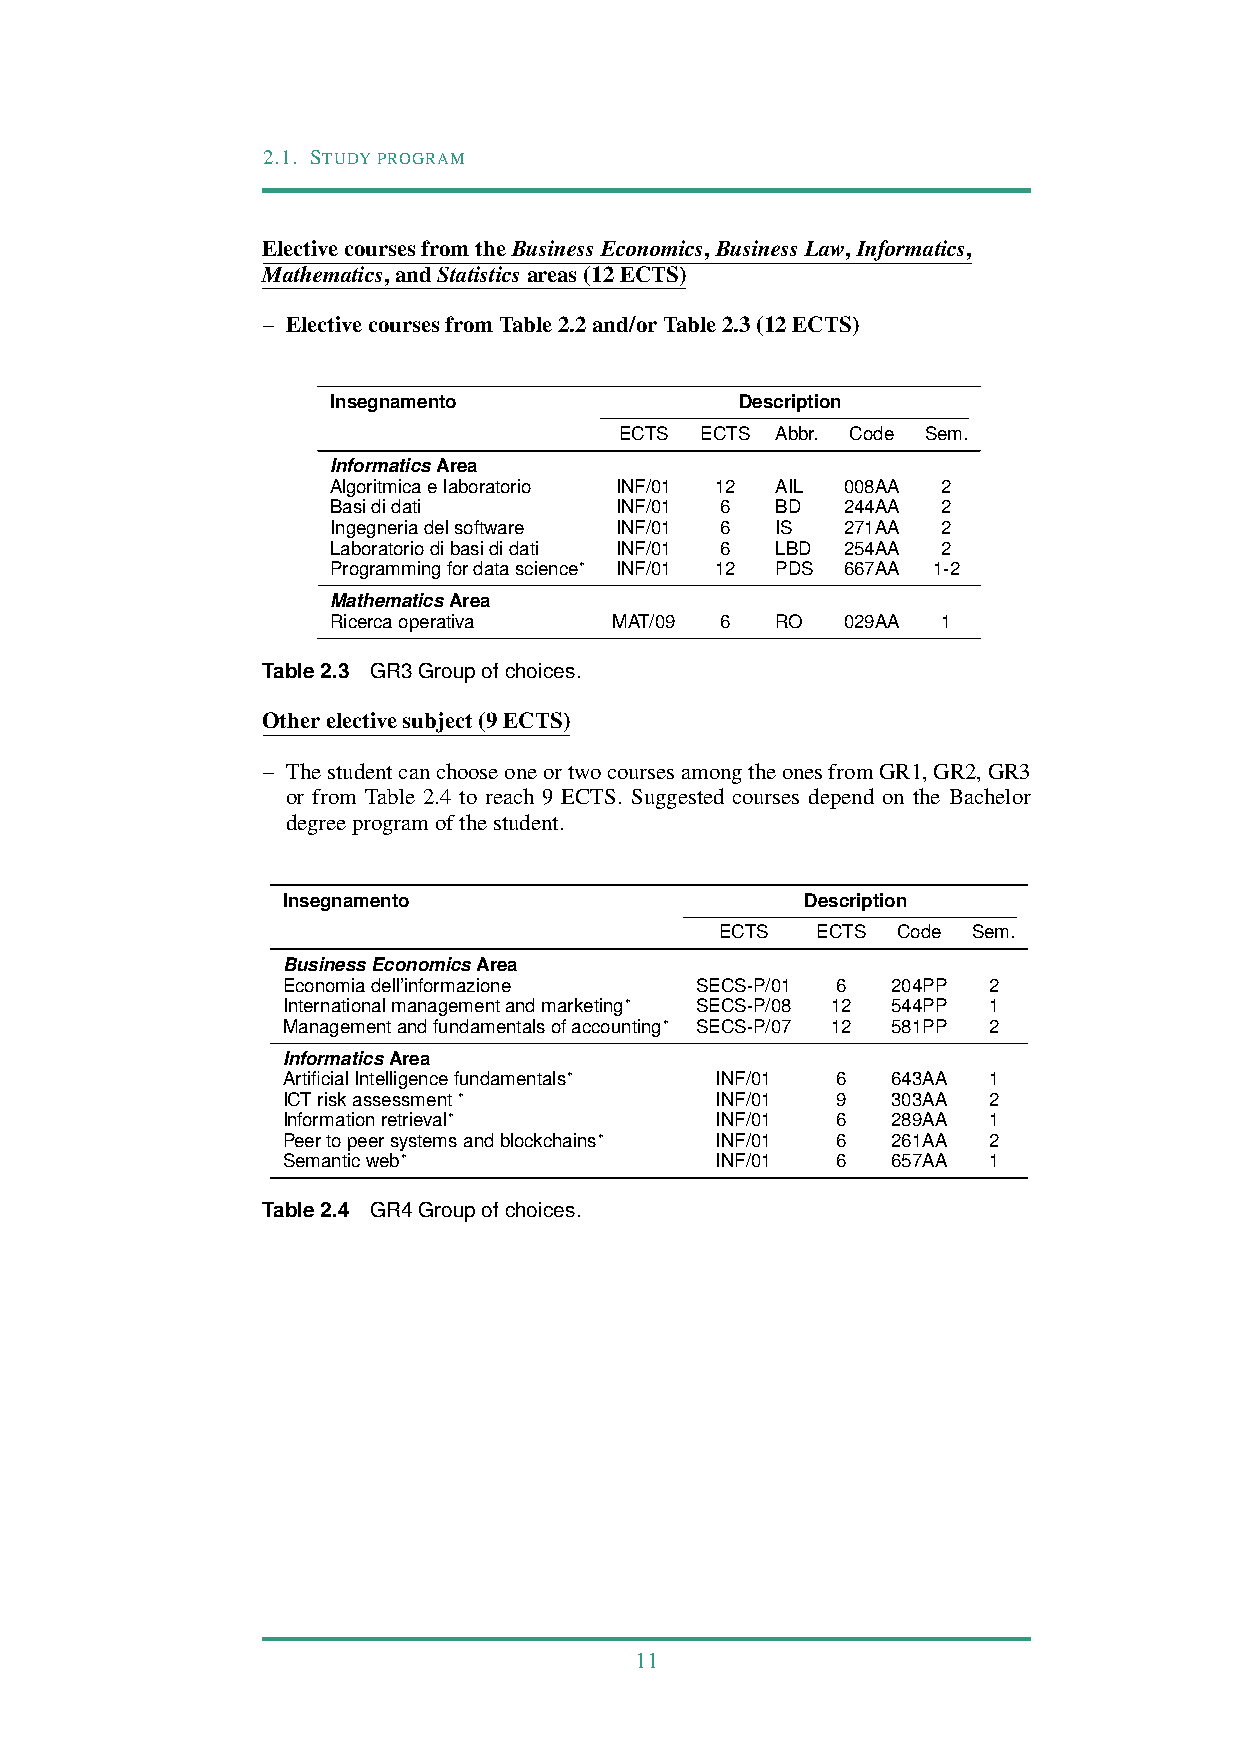
2.1. STUDYPROGRAM
 ElectivecoursesfromtheBusinessEconomics,BusinessLaw,Informatics,
 Mathematics,andStatisticsareas(12ECTS)
 – ElectivecoursesfromTable2.2and/orTable2.3(12ECTS)
 Insegnamento               Description
 ECTS ECTS Abbr. Code Sem.
 InformaticsArea
 Algoritmicaelaboratorio INF/01 12 AIL 008AA 2
 Basididati         INF/01 6  BD   244AA 2
 Ingegneriadelsoftware INF/01 6 IS 271AA 2
 Laboratoriodibasididati INF/01 6 LBD 254AA 2
 Programmingfordatascience∗ INF/01 12 PDS 667AA 1-2
 MathematicsArea
 Ricercaoperativa   MAT/09 6  RO   029AA 1
 Table2.3 GR3Groupofchoices.
 Otherelectivesubject(9ECTS)
 – ThestudentcanchooseoneortwocoursesamongtheonesfromGR1,GR2,GR3
 or from Table 2.4 to reach 9 ECTS. Suggested courses depend on the Bachelor
 degreeprogramofthestudent.
 Insegnamento                      Description
 ECTS  ECTS Code Sem.
 BusinessEconomicsArea
 Economiadell’informazione  SECS-P/01 6  204PP 2
 Internationalmanagementandmarketing∗ SECS-P/08 12 544PP 1
 Managementandfundamentalsofaccounting∗ SECS-P/07 12 581PP 2
 InformaticsArea
 ArtificialIntelligencefundamentals∗ INF/01 6 643AA 1
 ICTriskassessment∗          INF/01  9   303AA 2
 Informationretrieval∗       INF/01  6   289AA 1
 Peertopeersystemsandblockchains∗ INF/01 6 261AA 2
 Semanticweb∗                INF/01  6   657AA 1
 Table2.4 GR4Groupofchoices.
 11